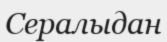
Сералыдан